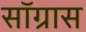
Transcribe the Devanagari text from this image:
सॉग्रास